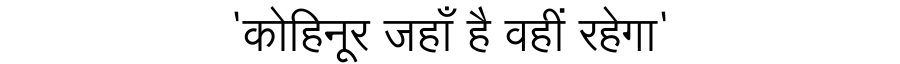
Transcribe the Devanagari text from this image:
'कोहिनूर जहाँ है वहीं रहेगा'